Alma_Vaarman, lk 36
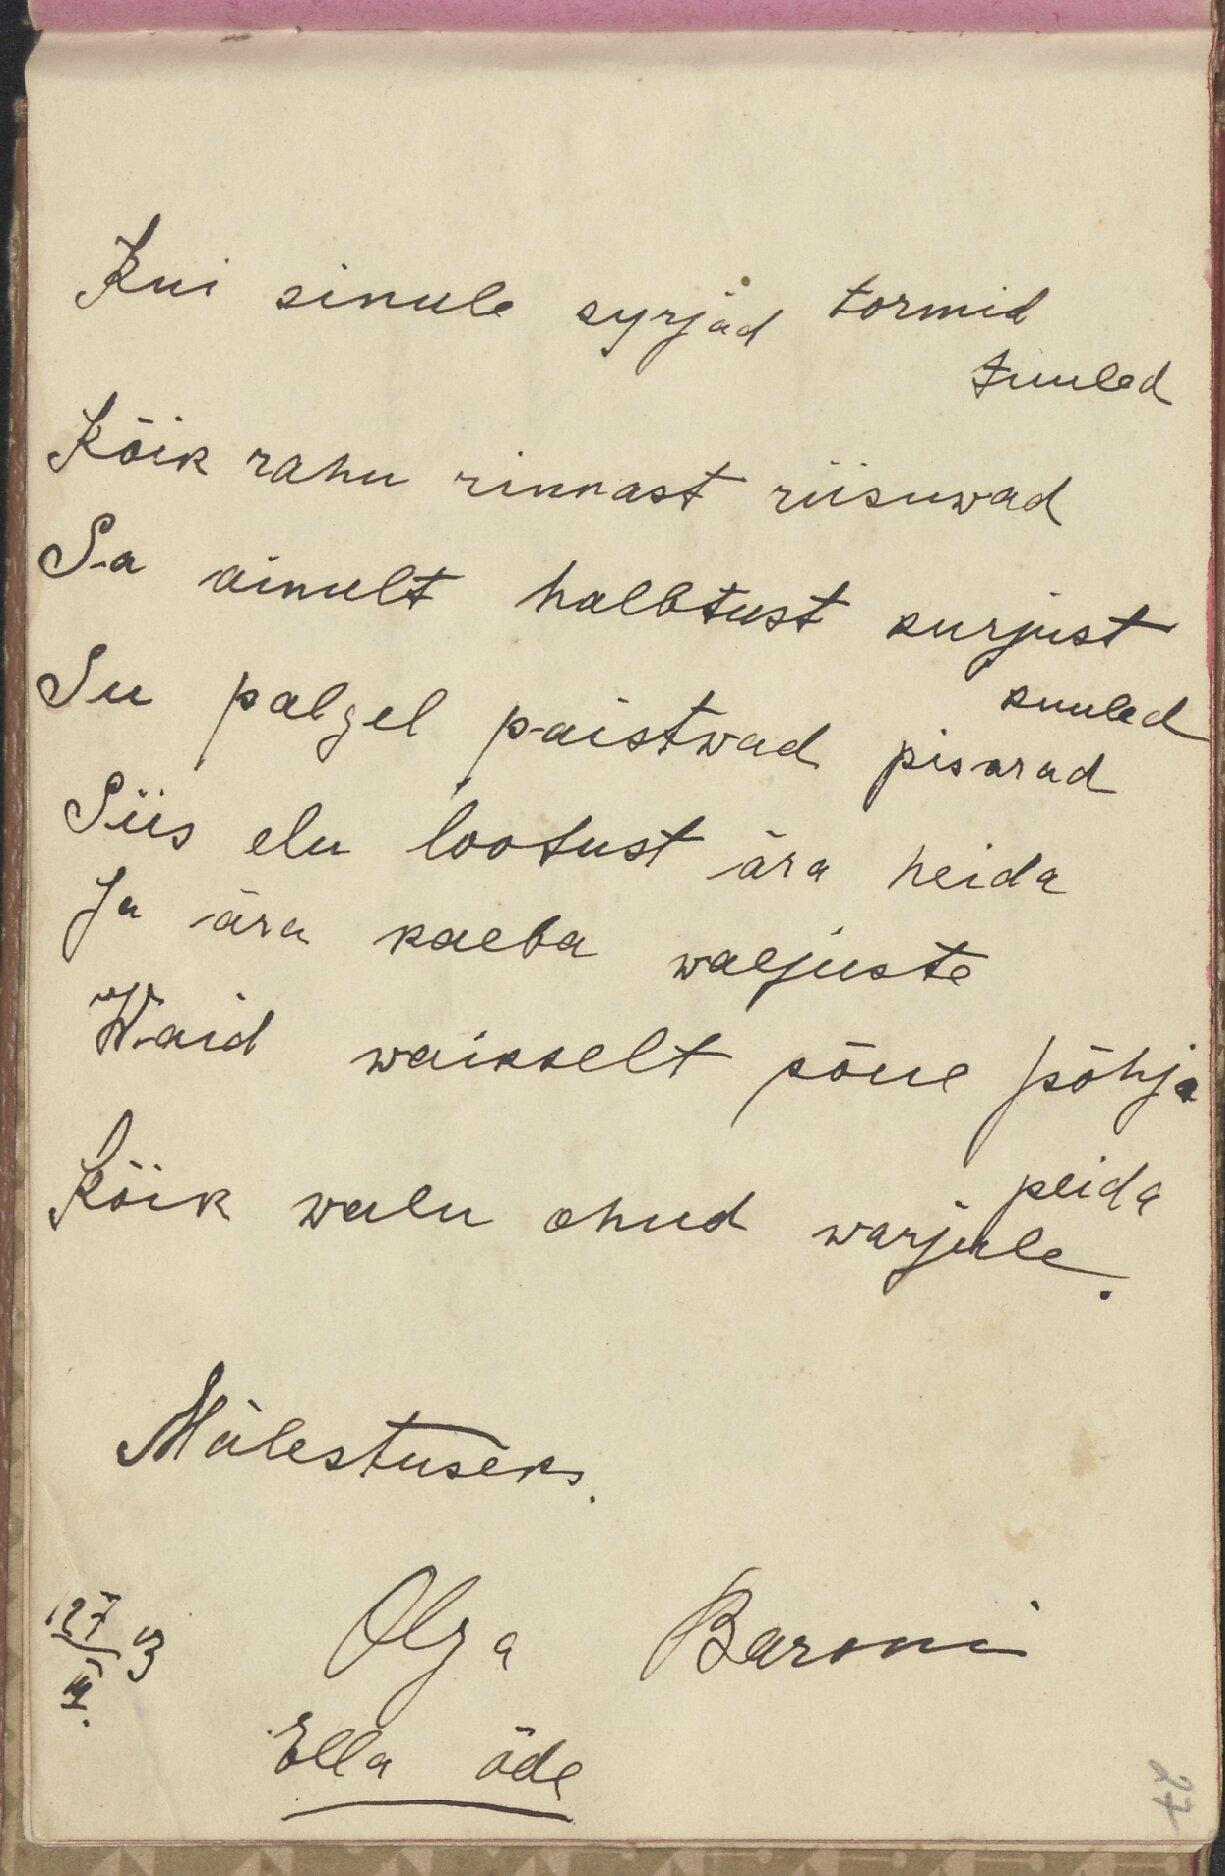
Kui sinule kyrjad tormid
tuuled
kõik rahu rinnast riisuvad
Sa ainult halbtust kurjust
kuuled
Su palgel paistvad pisarad
Siis elu lootust ära heida
Ja ära kaeba waljuste
Waid waikselt põue põhja
peida
Kõik walu ohud warjule
Mälestuseks
19 7/III 13
Olga
Baroni
Ella õde
27